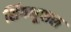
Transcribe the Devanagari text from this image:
शिंगभूपाल